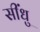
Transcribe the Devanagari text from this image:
सींधु